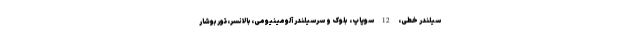
سیلندر خطی، 12 سوپاپ، بلوک و سرسیلندر آلومینیومی،بالانسر،توربوشار